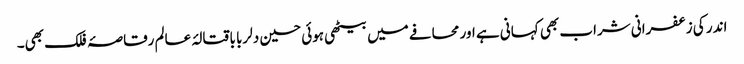
اندر کی زعفرانی شراب بھی کہانی ہے اور محافے میں بیٹھی ہوئی حسین دلربا باقتالۂ عالم رقاصۂ فلک بھی۔